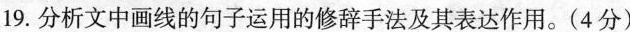
19. 分析文中画线的句子运用的修辞手法及其表达作用。(4分)